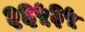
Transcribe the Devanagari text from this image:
२६५३५